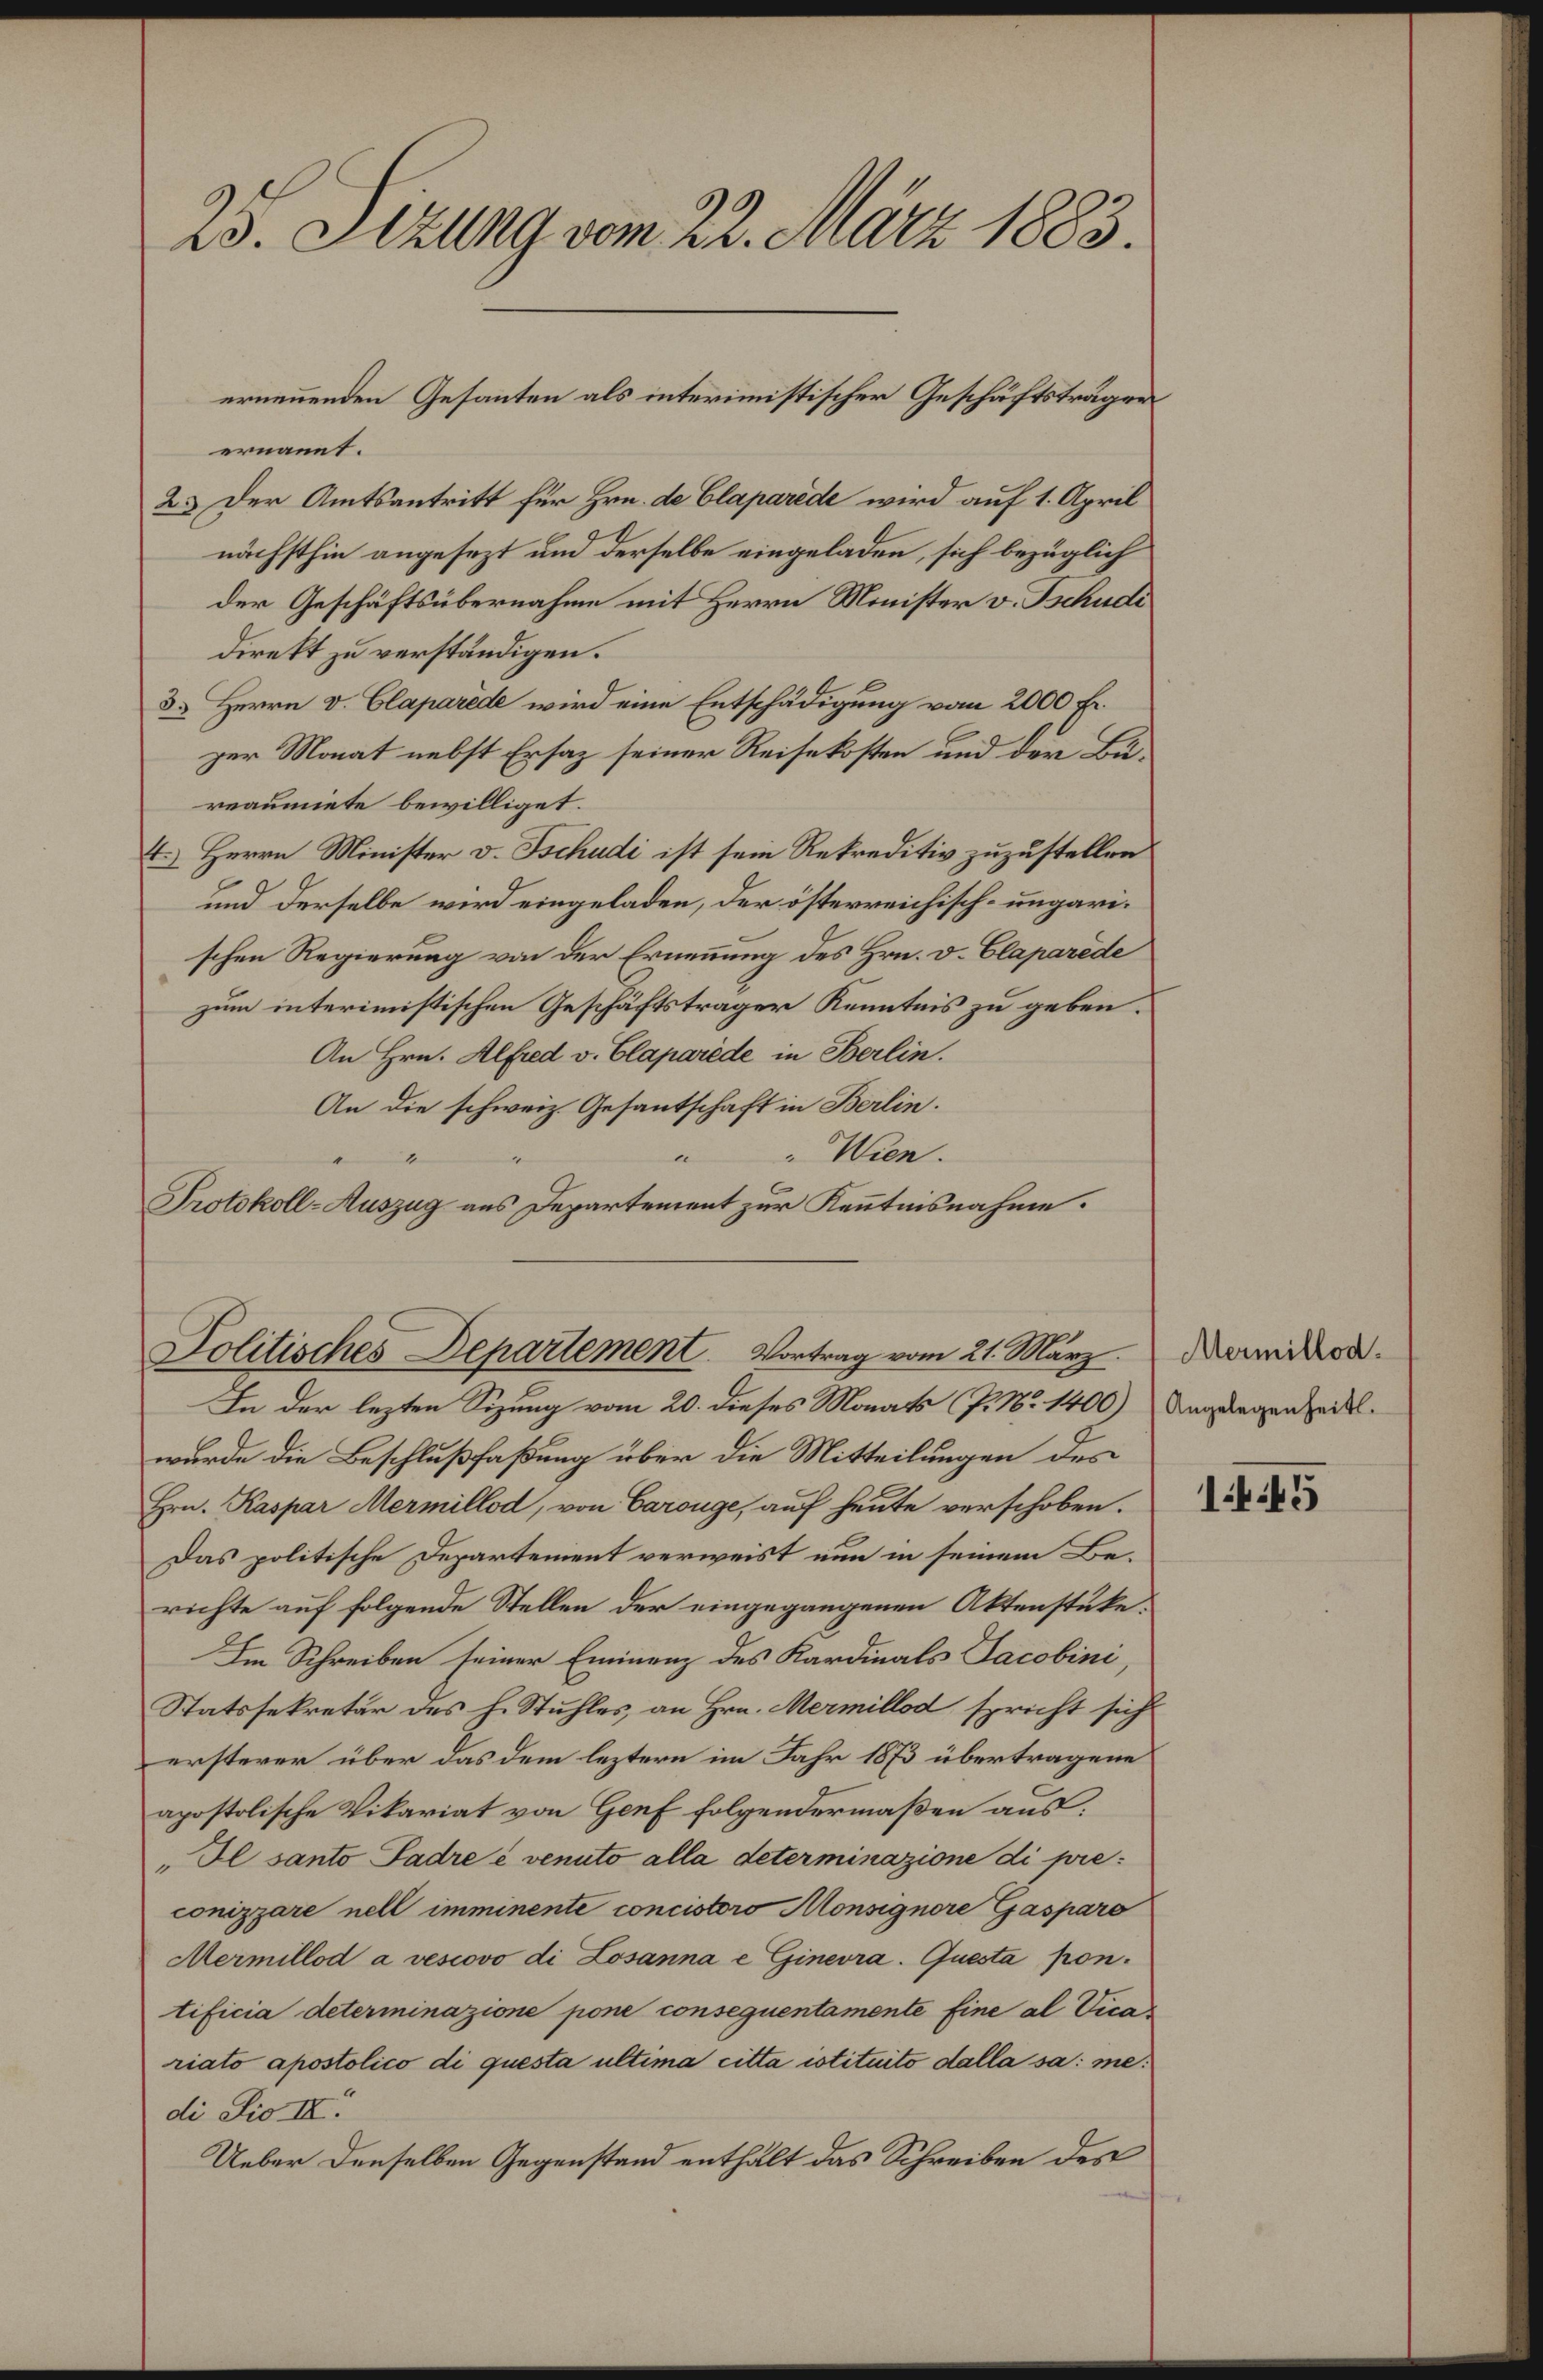
25. Sizung vom 22. März 1883.
ernen̄enden Gesanten als interimistischen Geschärtsräger
ernannt.
2.) Der Amtsantritt für Hrn. de Claparède wird auf 1. April
nächsthin angesezt und derselbe eingeladen, sich bezüglich
der Geschäftsübernahme mit Herrn Minister v. Tschudi
direkt zu verständigen.
3.)Herrn v. Claparède wird eine Entschädigung vom 2000 fr.
per Monat nebst Ersaz seiner Reisekosten und der Bü¬
reaumiete bewilliget.
4.) Herrn Minister v. Tschudi ist sein Rekreditiv zuzustellen
und derselbe wird eingeladen, der österreichisch-ungari¬
schen Regierung von der Eren̄ung des Hrn. v. Claparède
zum interimistischen Geschäftsträger Kenntnis zu geben.
An Hrn. Alftred v. Claparède in Berlin.
An die schweiz. Gesantschaft in Berlin.
" " " " " Wien.
Protokoll-Auszug ans Departement zur Ken̄tnisnahme.
Mermillod-
Angelegenheit.
1445
Politisches Departement. Vortrag vom 21. März.
In der lezten Sizung vom 20. dieses Monats (P. No 1400)
wurde die Beschlußfaßung über die Mitteilungen des
Hrn. Kaspar Mermillod, von Carouge, auf heute verschoben.
Das politische Departement verweist nun in seinem Be¬
richte auf folgende Stellen der eingegangenen Aktenstüke:
Im Schreiben seiner Eminenz des Kardinals Jacobini,
Statsselretär des h. Stuhles, an Hrn. Mermillod spricht sich
ersterer über das dem leztern im Jahr 1873 übertragene
apostolische Vikariat von Genf folgendermaßen aus:
"Il Santo Padre é venuto alla determinazione di pre¬
conizzare nell'imminente concistoro Monsignore Gasparo
Mermillod a vescovo di Losanna e Ginevra. Questa pon¬
tificia determinazione pone conseguentamente fine al Vica¬
riato apostolico di questa ultima citta istituito dalla sa: me:
di Pio IX."
Ueber denselben Gegenstand enthält das Schreiben des